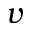
v